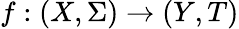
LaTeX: f:(X,\Sigma)\to(Y,T)